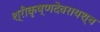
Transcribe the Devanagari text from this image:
श्रीकृष्णदेवरायश्च